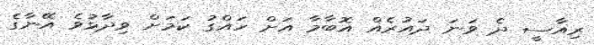
ރިއާސީ ދެ ވަނަ ދައުރެއް އޮބާމާ އަށް ހައްގު ކަމަށް ވިދާޅުވެ އޭނާގެ